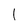
Character: l